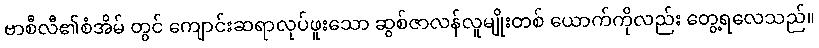
ဗာစီလီ၏စံအိမ် တွင် ကျောင်းဆရာလုပ်ဖူးသော ဆွစ်ဇာလန်လူမျိုးတစ် ယောက်ကိုလည်း တွေ့ရလေသည်။